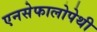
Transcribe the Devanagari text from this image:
एनसेफालोपेथी